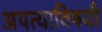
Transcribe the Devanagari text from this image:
अपत्याविषयी